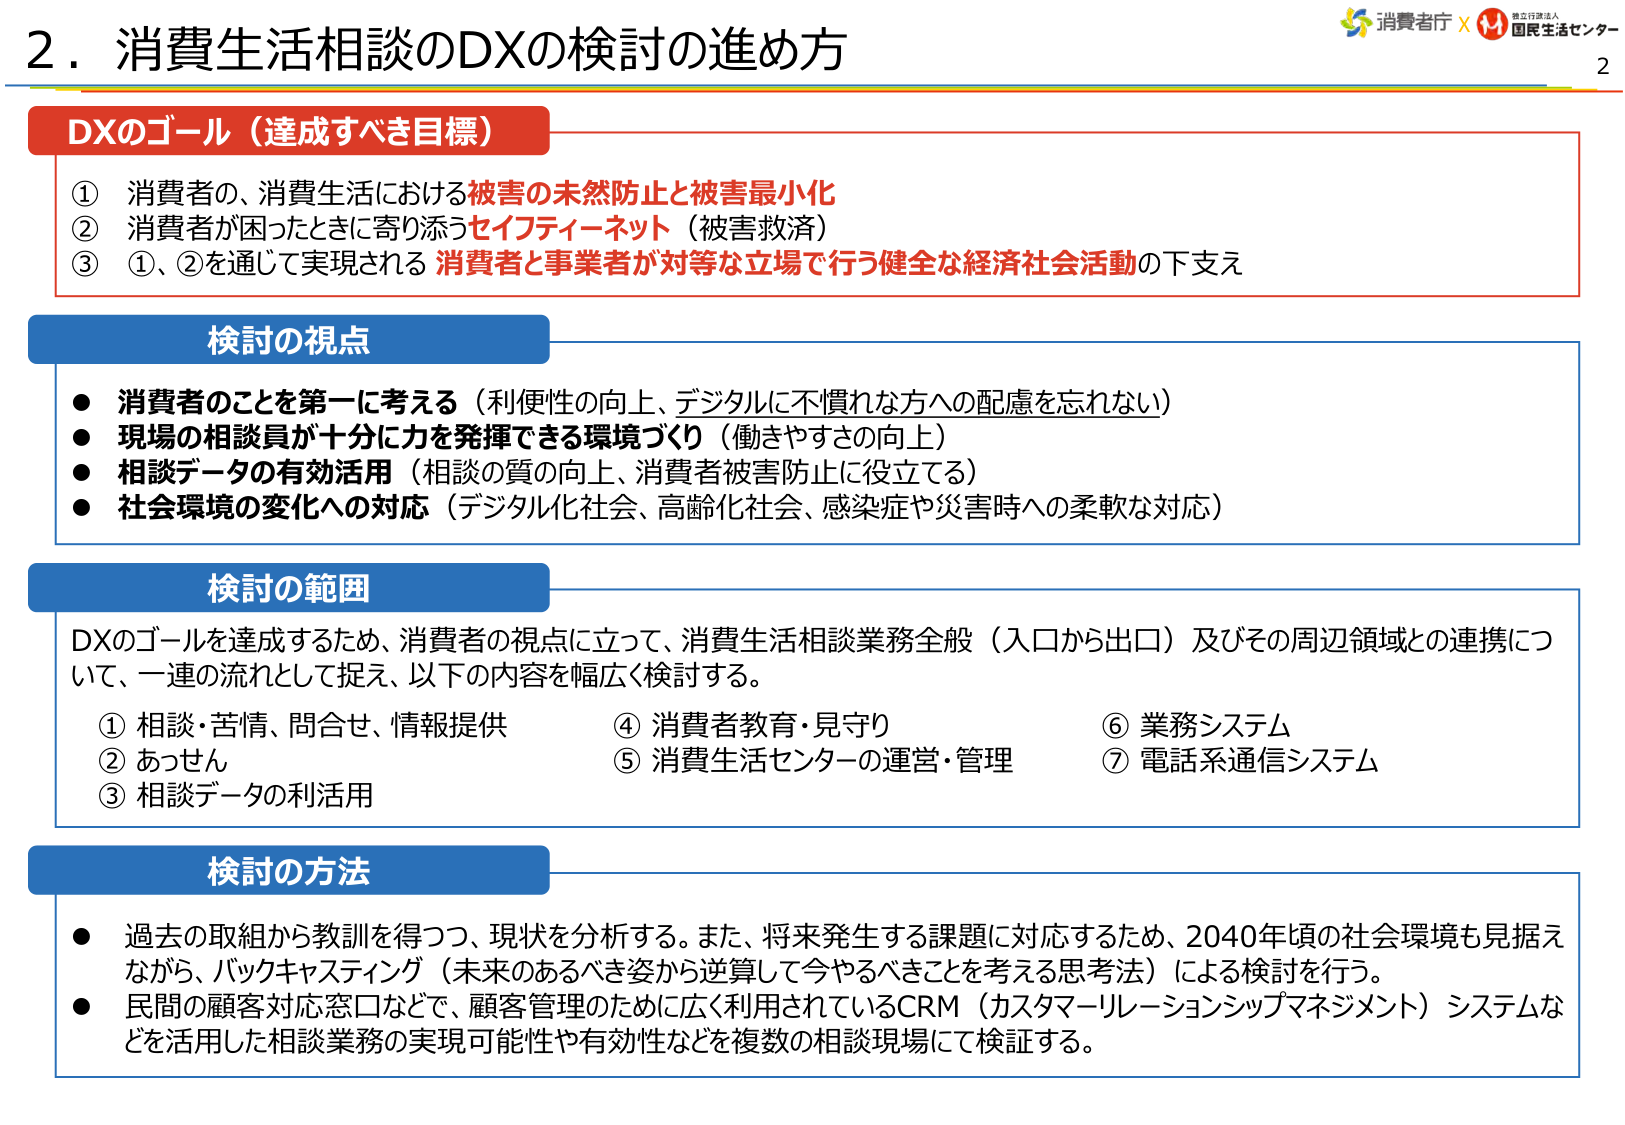
2．消費生活相談のDXの検討の進め方

DXのゴール（達成すべき目標）
① 消費者の、消費生活における被害の未然防止と被害最小化
② 消費者が困ったときに寄り添うセイフティーネット（被害救済）
③ ①、②を通じて実現される 消費者と事業者が対等な立場で行う健全な経済社会活動の下支え

検討の視点
● 消費者のことを第一に考える（利便性の向上、デジタルに不慣れな方への配慮を忘れない）
● 現場の相談員が十分に力を発揮できる環境づくり（働きやすさの向上）
● 相談データの有効活用（相談の質の向上、消費者被害防止に役立てる）
● 社会環境の変化への対応（デジタル化社会、高齢化社会、感染症や災害時への柔軟な対応）

検討の範囲
DXのゴールを達成するため、消費者の視点に立って、消費生活相談業務全般（入口から出口）及びその周辺領域との連携について、一連の流れとして捉え、以下の内容を幅広く検討する。
① 相談・苦情、問合せ、情報提供
② あっせん
③ 相談データの利活用
④ 消費者教育・見守り
⑤ 消費生活センターの運営・管理
⑥ 業務システム
⑦ 電話系通信システム

検討の方法
● 過去の取組から教訓を得つつ、現状を分析する。また、将来発生する課題に対応するため、2040年頃の社会環境も見据えながら、バックキャスティング（未来のあるべき姿から逆算して今やるべきことを考える思考法）による検討を行う。
● 民間の顧客対応窓口などで、顧客管理のために広く利用されているCRM（カスタマーリレーションシップマネジメント）システムなどを活用した相談業務の実現可能性や有効性などを複数の相談現場にて検証する。

消費生活センター
独立行政法人
消費者庁 ×
2